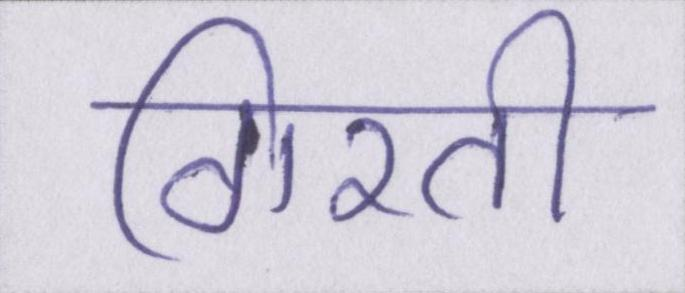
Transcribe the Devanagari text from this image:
गिरती